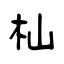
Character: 杣